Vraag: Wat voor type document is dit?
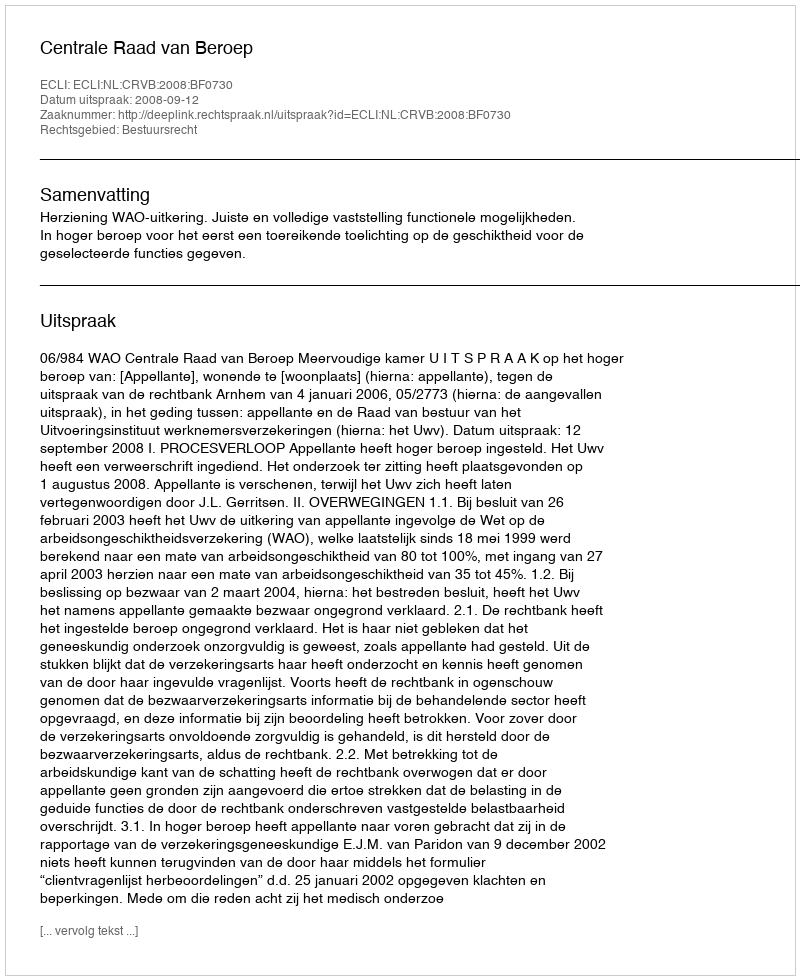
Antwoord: Uitspraak